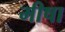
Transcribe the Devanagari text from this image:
मीषा